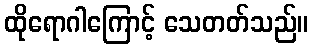
ထိုရောဂါကြောင့် သေတတ်သည်။